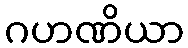
ဂဟဏိယာ